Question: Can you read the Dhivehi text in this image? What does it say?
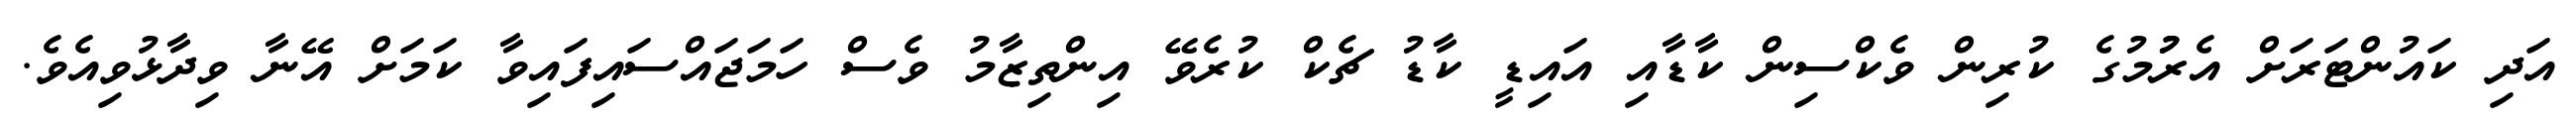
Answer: އަދި ކައުންޓަރަށް އެރުުމުގެ ކުރިން ވެކްސިން ކާޑާއި އައިޑީ ކާޑު ޗެކް ކުރެވޭ އިންތިޒާމު ވެސް ހަމަޖައްސައިފައިވާ ކަމަށް އޭނާ ވިދާޅުވިއެވެ.